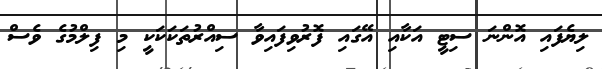
ލިޔެފައި އޮންނަ ސިޓީ އަކާއި އޭގައި ފޮރުވިފައިވާ ސިއްރުތަކަކަކީ މި ފިލްމުގެ ވެސް